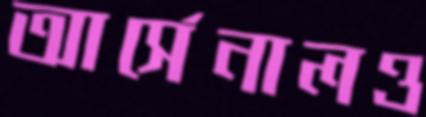
আর্সেনালও